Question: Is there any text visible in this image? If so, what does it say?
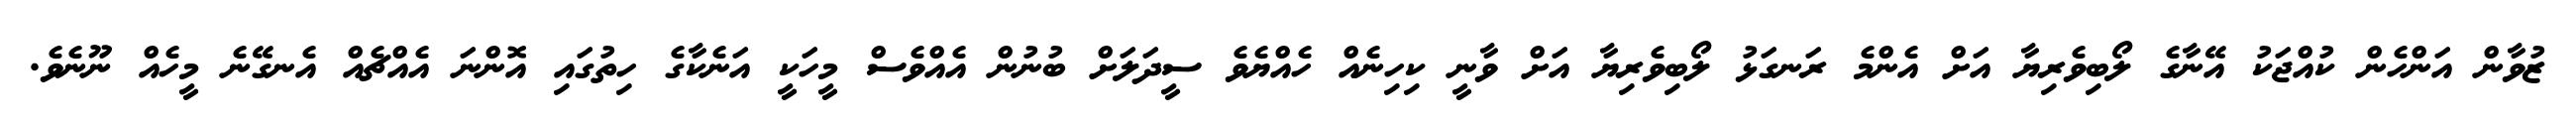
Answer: ޒުވާން އަންހެން ކުއްޖަކު އޭނާގެ ލޯބިވެރިޔާ އަށް އެންމެ ރަނގަޅު ލޯބިވެރިޔާ އަށް ވާނީ ކިހިނެއް ހެއްޔެވެ ސީދަލަށް ބުނުން އެއްވެސް މީހަކީ އަނެކާގެ ހިތުގައި އޮންނަ އެއްޗެއް އެނގޭނެ މީހެއް ނޫނެވެ.